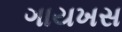
ગાયખસ